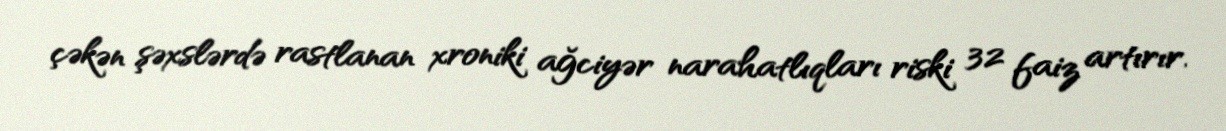
çəkən şəxslərdə rastlanan xroniki ağciyər narahatlıqları riski 32 faiz artırır.